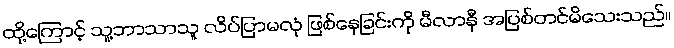
ထို့ကြောင့် သူ့ဘာသာသူ လိပ်ပြာမလုံ ဖြစ်နေခြင်းကို မီလာနီ အပြစ်တင်မိသေးသည်။